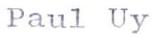
Paul Uy